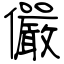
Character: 儼